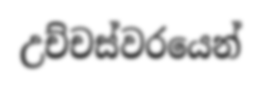
උච්චස්වරයෙන්